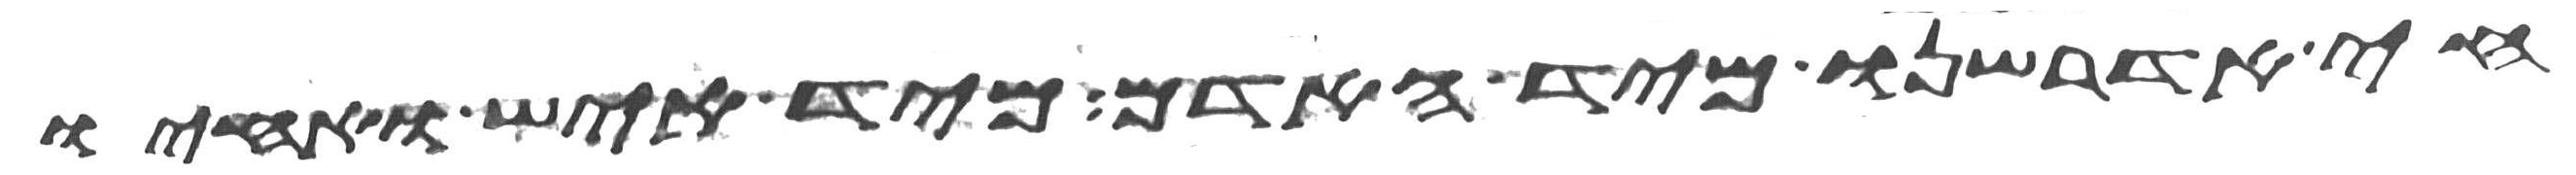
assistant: חי אדרשנו מיד האדם מיד איש ואחיו